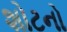
શોટનો